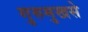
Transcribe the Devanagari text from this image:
गुरुमुखसे